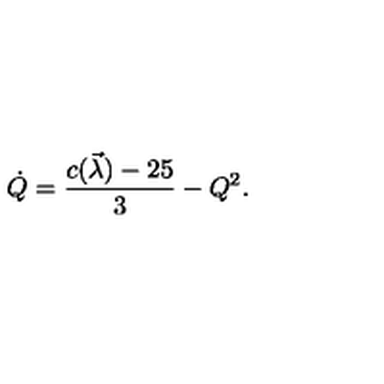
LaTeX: \dot { Q } = { \frac { c ( \vec { \lambda } ) - 2 5 } { 3 } } - Q ^ { 2 } .